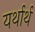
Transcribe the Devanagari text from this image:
यर्थार्थ